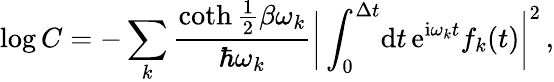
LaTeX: \log C=-\sum_{k}\frac{\coth\frac 12\beta\omega_{k}}{\hbar\omega_{k}}\bigg\vert\int_{0}^{\Delta t}\! \mathrm{d}t\, \mathrm{e}^{\mathrm{i}\omega_{k}t}f_{k}(t)\bigg\vert^{2}\, ,